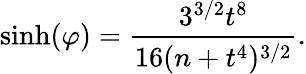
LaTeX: \sinh(\varphi)=\frac{3^{3/2}t^{8}}{16(n+t^{4})^{3/2}}.